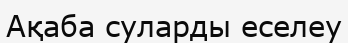
Ақаба суларды еселеу